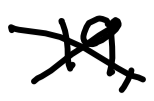
Text: 19,
Cross-out: cross
Writing tool: digital_black